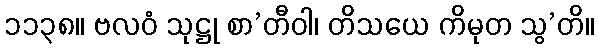
၁၁၃၈။ ဗလဝံ သုဋ္ဌု စာ’တီဝါ၊ တိသယေ ကိမုတ သွ’တိ။